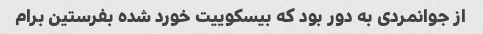
از جوانمردی به دور بود که بیسکوییت خورد شده بفرستین برام